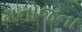
મનોજના